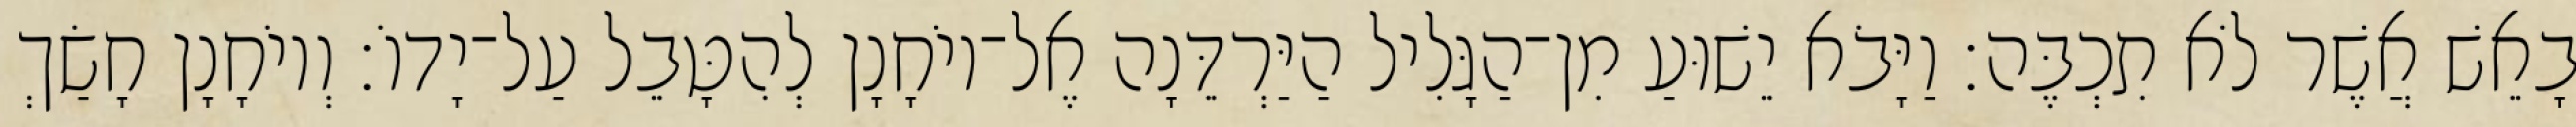
בָאֵשׁ אֲשֶׁר לֹא תִכְבֶּה׃ וַיָּבֹא יֵשׁוּעַ מִן־הַגָּלִיל הַיַּרְדֵּנָה אֶל־יוֹחָנָן לְהִטָּבֵל עַל־יָדוֹ׃ וְיוֹחָנָן חָשַׂךְ